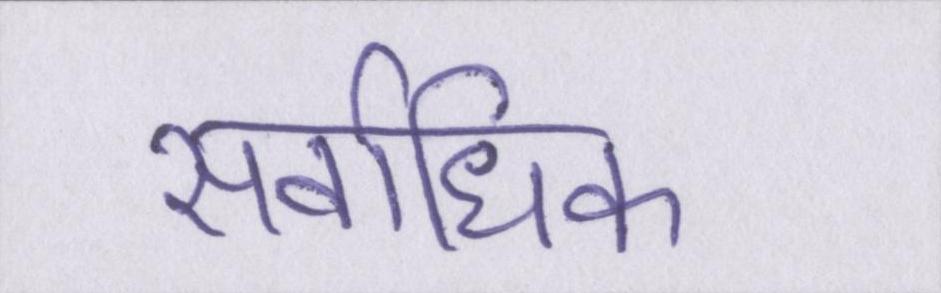
सर्वाधिक